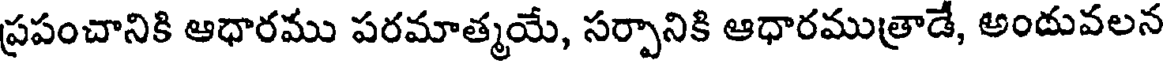
ప్రపంచానికి ఆధారము పరమాత్మయే, సర్పానికి ఆధారముత్రాడే, అందువలన